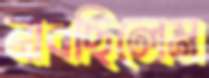
নাবছিলেম